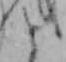
と